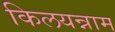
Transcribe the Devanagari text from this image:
किलयन्नाम